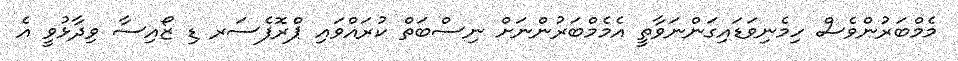
މެމްބަރުންވެސް ހިމެނިވަޑައިގަންނަވާތީ އެމެމްބަރުންނަށް ނިސްބަތް ކުރައްވައި ޕްރޮފެސަރ ޑި ޒޯއިސާ ވިދާޅުވީ އެ